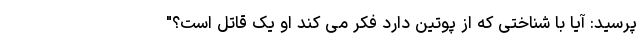
پرسید: آیا با شناختی که از پوتین دارد فکر می کند او یک قاتل است؟"